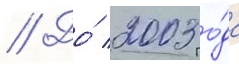
// До́ 2003 го́да